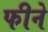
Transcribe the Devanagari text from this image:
फीने